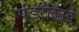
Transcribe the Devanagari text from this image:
पंडरीबाई